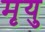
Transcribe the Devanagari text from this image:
मृयु